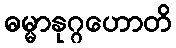
ဓမ္မာနုဂ္ဂဟောတိ